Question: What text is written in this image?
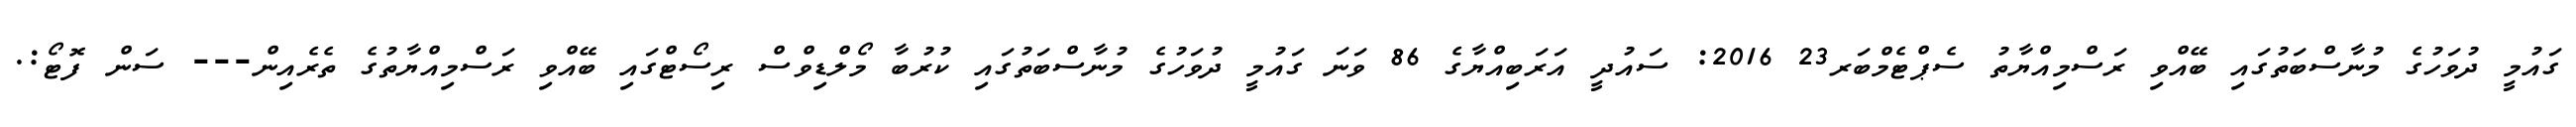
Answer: ގައުމީ ދުވަހުގެ މުނާސްބަތުގައި ބޭއްވި ރަސްމިއްޔާތު ސެޕްޓެމްބަރ23 2016: ސައުދީ އަރަބިއްޔާގެ 86 ވަނަ ގައުމީ ދުވަހުގެ މުނާސްބަތުގައި ކުރުބާ މޯލްޑިވްސް ރިސޯޓްގައި ބޭއްވި ރަސްމިއްޔާތުގެ ތެރެއިން--- ސަން ފޮޓޯ:.